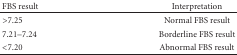
<table><thead><tr><td><b>FBS result</b></td><td><b>Interpretation</b></td></tr></thead><tbody><tr><td>&gt;7.25</td><td>Normal FBS result</td></tr><tr><td>7.21–7.24</td><td>Borderline FBS result</td></tr><tr><td>&lt;7.20</td><td>Abnormal FBS result</td></tr></tbody></table>